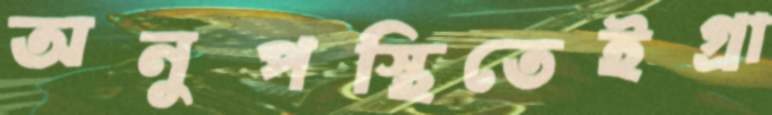
অনুপস্থিতেইগ্রা